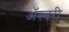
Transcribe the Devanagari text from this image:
ॲस्बरी